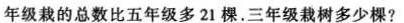
年级栽的总数比五年级多21棵。三年级栽树多少棵?